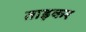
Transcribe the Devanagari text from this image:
ताड़कर